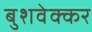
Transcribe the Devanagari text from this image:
बुशवेक्कर